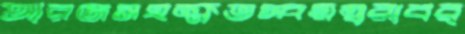
আরজসহক্ষতস্বয়ম্বরাবর্